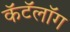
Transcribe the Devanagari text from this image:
कॅटॅलॉग